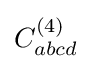
C_{abcd}^{(4)}